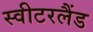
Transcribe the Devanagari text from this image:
स्‍वीटरलैंड